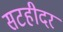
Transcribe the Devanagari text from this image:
सटहीदर